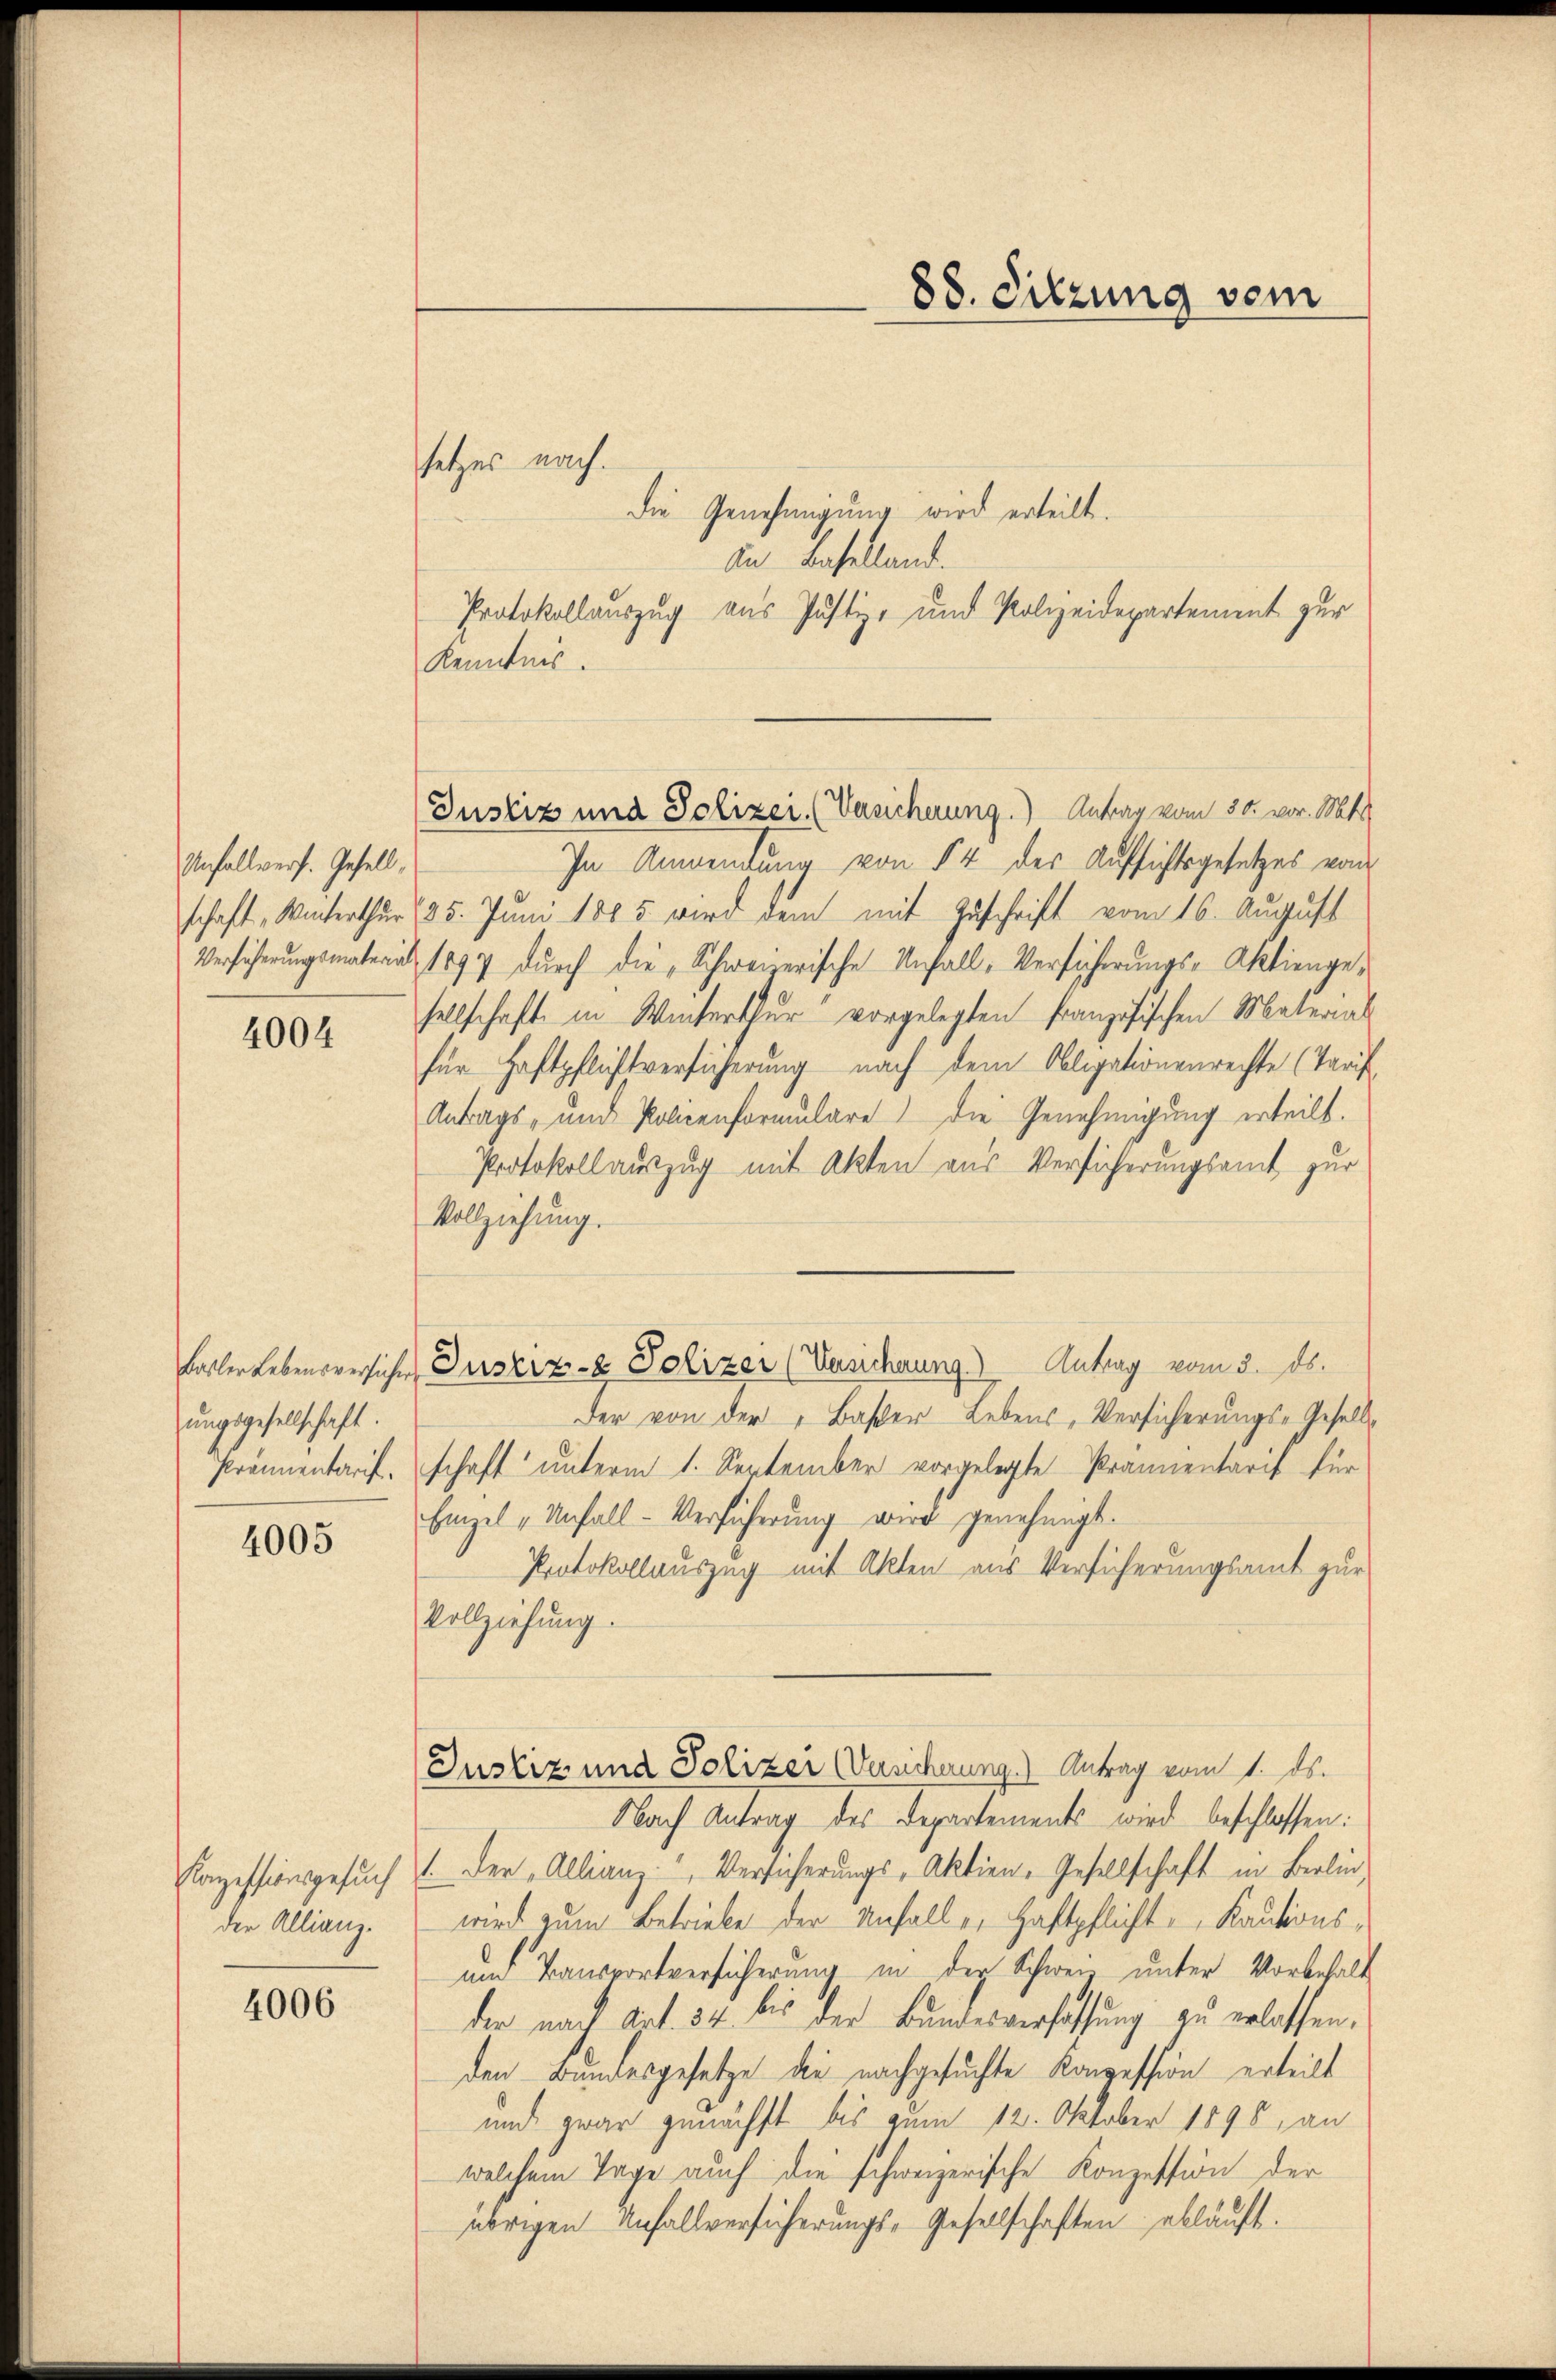
Anfallverf. Gesell,

4004

ungsgesellschaft.

4005

setzes nach.
die Genehmigung wird erteilt.
An Baselland.
Protokollauszug aus Justiz- und Polizeidepartement zur
Kenntnis.
In Anwendung von § 4 des Aufsichtsgesetzes vom
schaft Winterthur (25. Juni 1885 wird dem mit Zuschrift vom 16. August
Versicherungsmateril 1897 durch die „Schweizerische Unfall-Versicherungs-Aktiengesellschaft in Winterthur vorgelegten Französischen Material
für Haftpflichtversicherung nach dem Obligationenrechte (Tarif
Antrags- und Policenformulare die Genehmigung erteilt.
Protokollauszug mit Akten aus Versicherungsamt zur
Vollziehung.
Basler Lebensversicher Justiz- & Polizei (Versichnung. Antrag vom 3. ds.
Der von der „Baßer Lebens, Versicherungs-Gesell¬
Pramentarif. Schaft ŭnterm 1. September vorgelegte Prämientarif für
Einzel „Unfall-Versicherŭng wird genehmigt.
Protokollauszug mit Akten aus Versicherungsamt zur
Vollziehung.
Justiz und Polizei (Versicherung.) Antrag vom 1. ds.
Nach Antrag des Departements wird beschlossen:
Konzessionsgesuch 1. Der „Allianz Versicherungs-Aktien-Gesellschaft in Berlin,
wird zum Betriebe der Unfaller Haftpflicht Kautions¬
und Transportversicherung in der Schwein unter Vorbehalt
der nach Art. 34 bis der Bundesverfassung zu erlassen,
den Bundesgesetze die nachgesuchte Konzession erteilt
und zwar genächst bis zum 12. Oktober 1895, an
welchem Tage auch die schweizerische Konzession der
übrigen Unfallversicherungs-Gesellschaften abläuft.

der Allianz.

4006

88. Sitzung vom

(Justiz und Polizer. (Versicherung.) Antrag vom 30. vor. Mt